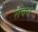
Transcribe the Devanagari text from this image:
संबधे